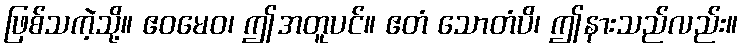
ဖြစ်သကဲ့သို့။ ဧဝမေဝ၊ ဤအတူပင်။ ဧတံ သောတံပိ၊ ဤနားသည်လည်း။